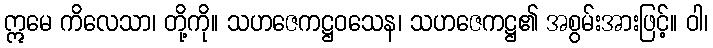
ဣမေ ကိလေသာ၊ တို့ကို။ သဟဇေကဋ္ဌဝသေန၊ သဟဇေကဋ္ဌ၏ အစွမ်းအားဖြင့်။ ဝါ၊